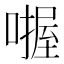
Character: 𪢅